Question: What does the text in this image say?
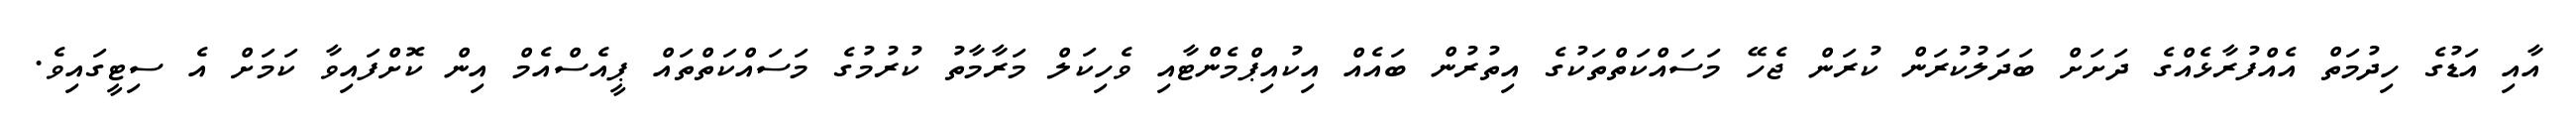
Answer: އާއި އަޑުގެ ހިދުމަތް އެއްފުރާޅެއްގެ ދަށަށް ބަދަލުކުރަން ކުރަން ޖެހޭ މަސައްކަތްތަކުގެ އިތުރުން ބައެއް އިކުއިޕްމެންޓާއި ވެހިކަލް މަރާމާތު ކުރުމުގެ މަސައްކަތްތައް ޕީއެސްއެމް އިން ކޮށްފައިވާ ކަމަށް އެ ސިޓީގައިވެ.